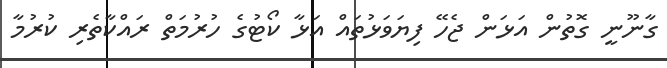
ގާނޫނީ ގޮތުން އަޅަން ޖެހޭ ފިޔަވަޅުތައް އަޅާ ކޯޓުގެ ހުރުމަތް ރައްކާތެރި ކުރުމާ